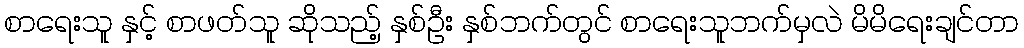
စာရေးသူ နှင့် စာဖတ်သူ ဆိုသည့် နှစ်ဦး နှစ်ဘက်တွင် စာရေးသူဘက်မှလဲ မိမိရေးချင်တာ